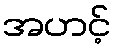
အဟင့်